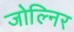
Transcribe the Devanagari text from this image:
जोल्निर